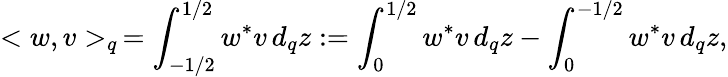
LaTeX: <w,v>_{q}\, =\int_{-1/2}^{1/2}w^{*}v\, d_{q}z:=\int_{0}^{1/2}w^{*}v\, d_{q}z-\int_{0}^{-1/2}w^{*}v\, d_{q}z,